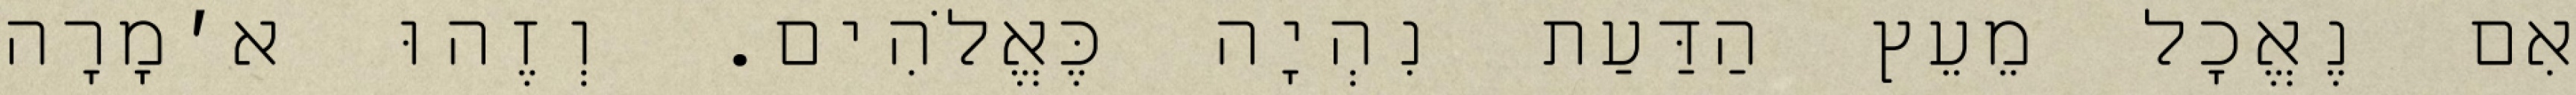
אִם נֶאֱכָל מֵעֵץ הַדַּעַת נִהְיָה כֶּאֱלֹהִים. וְזֶהוּ א׳מָרָה